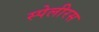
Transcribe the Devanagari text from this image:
स्पेलीरस